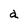
Character: a